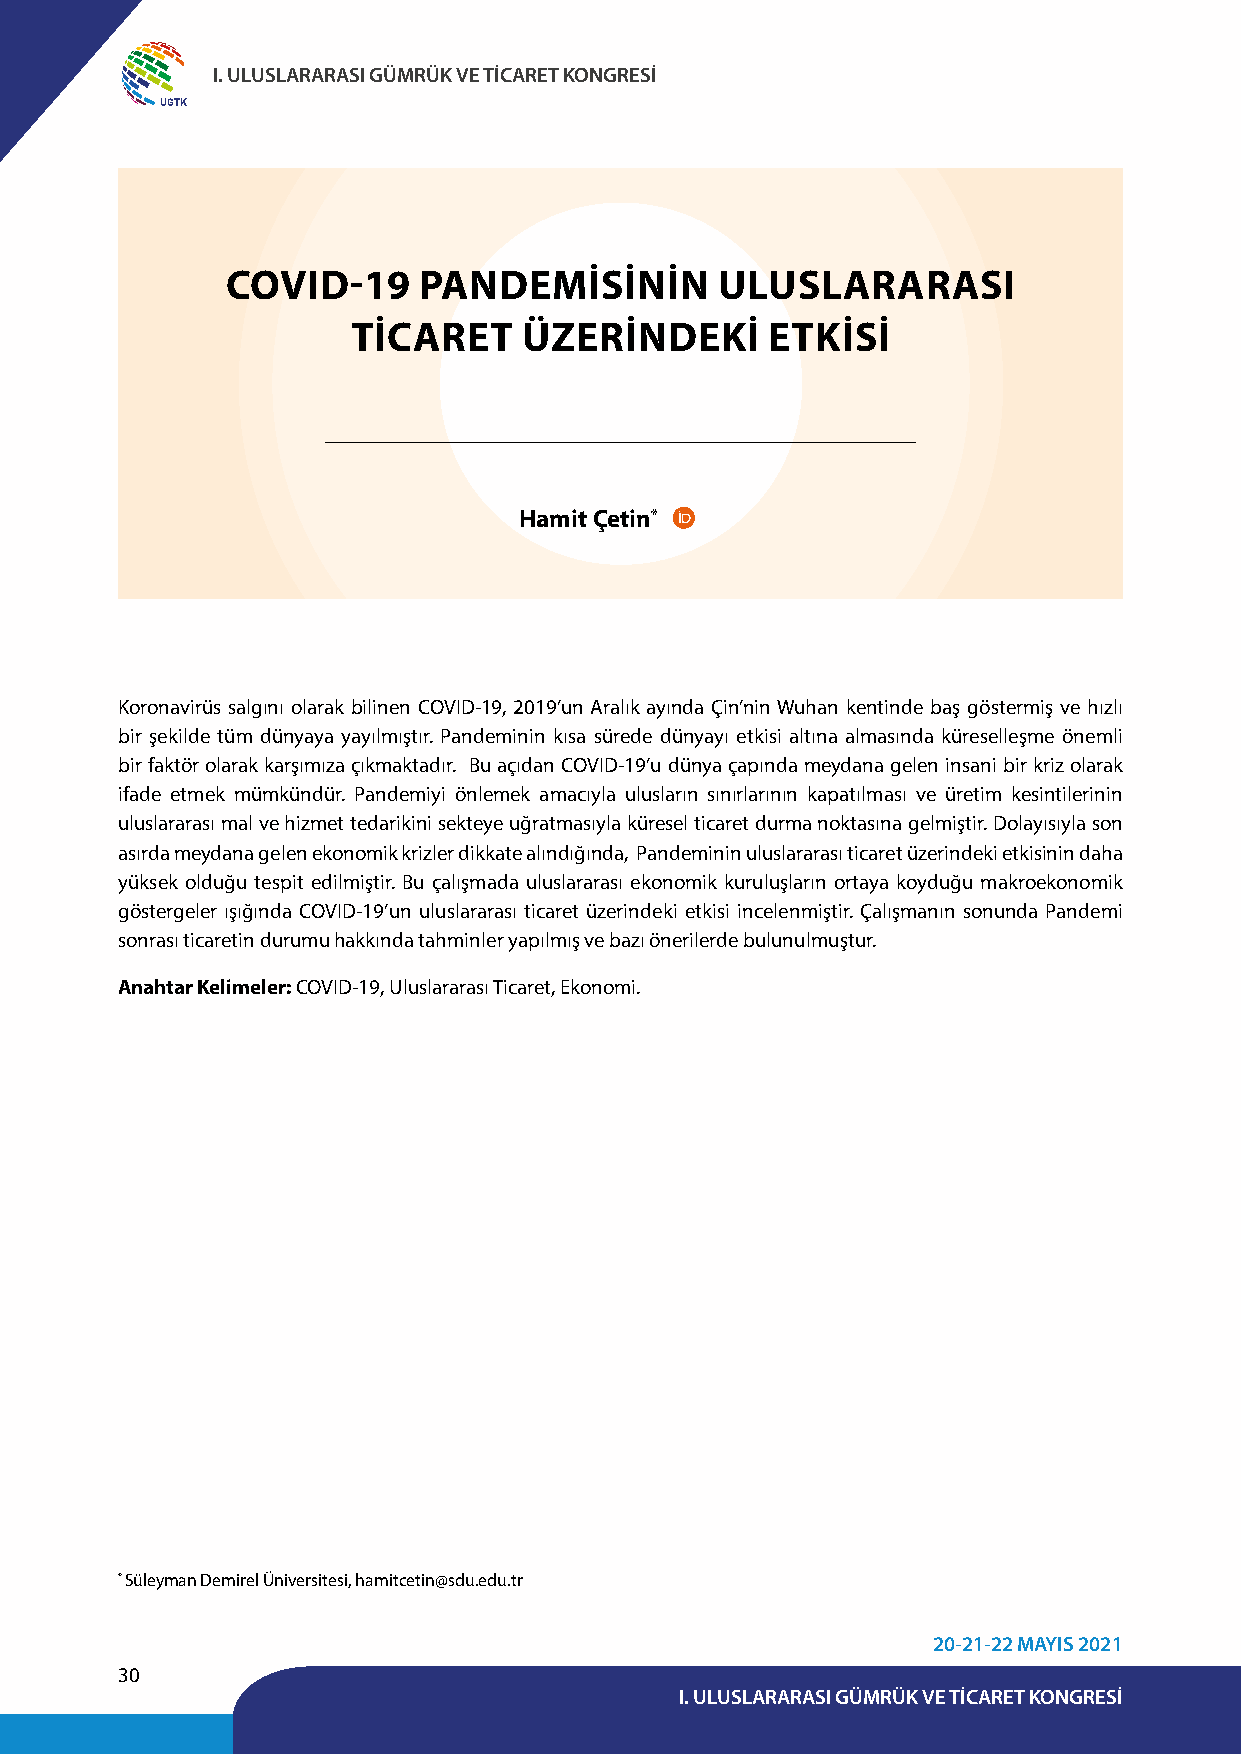
I. ULUSLARARASI GÜMRÜK VE TİCARET KONGRESİ
 UGTK
 COVID-19     PANDEMİSİNİN        ULUSLARARASI
 TİCARET     ÜZERİNDEKİ      ETKİSİ
 Hamit Çetin*
 Koronavirüs salgını olarak bilinen COVID-19, 2019’un Aralık ayında Çin’nin Wuhan kentinde baş göstermiş ve hızlı
 bir şekilde tüm dünyaya yayılmıştır. Pandeminin kısa sürede dünyayı etkisi altına almasında küreselleşme önemli
 bir faktör olarak karşımıza çıkmaktadır. Bu açıdan COVID-19’u dünya çapında meydana gelen insani bir kriz olarak
 ifade etmek mümkündür. Pandemiyi önlemek amacıyla ulusların sınırlarının kapatılması ve üretim kesintilerinin
 uluslararası mal ve hizmet tedarikini sekteye uğratmasıyla küresel ticaret durma noktasına gelmiştir. Dolayısıyla son
 asırda meydana gelen ekonomik krizler dikkate alındığında, Pandeminin uluslararası ticaret üzerindeki etkisinin daha
 yüksek olduğu tespit edilmiştir. Bu çalışmada uluslararası ekonomik kuruluşların ortaya koyduğu makroekonomik
 göstergeler ışığında COVID-19’un uluslararası ticaret üzerindeki etkisi incelenmiştir. Çalışmanın sonunda Pandemi
 sonrası ticaretin durumu hakkında tahminler yapılmış ve bazı önerilerde bulunulmuştur.
 Anahtar Kelimeler: COVID-19, Uluslararası Ticaret, Ekonomi.
 * Süleyman Demirel Üniversitesi, hamitcetin@sdu.edu.tr
 20-21-22 MAYIS 2021
 30
 I. ULUSLARARASI GÜMRÜK VE TİCARET KONGRESİ